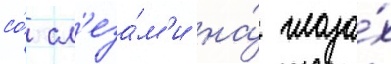
со́ сл'еза́м'и на́ глаза́х